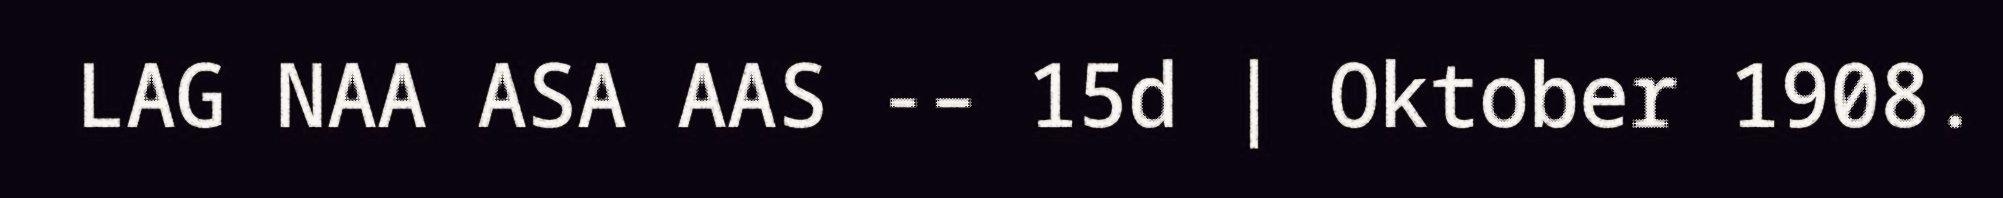
LAG NAA ASA AAS -– 15d | Oktober 1908.